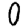
Digit: 0